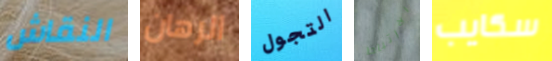
النقاش الرهان التجول الارتباط سكايب